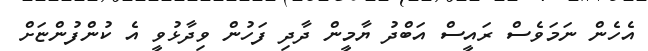
އެހެން ނަމަވެސް ރައީސް އަބްދު ޔާމީން ދާދި ފަހުން ވިދާޅުވީ އެ ކުންފުންޏަށް